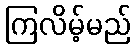
ကြလိမ့်မည်